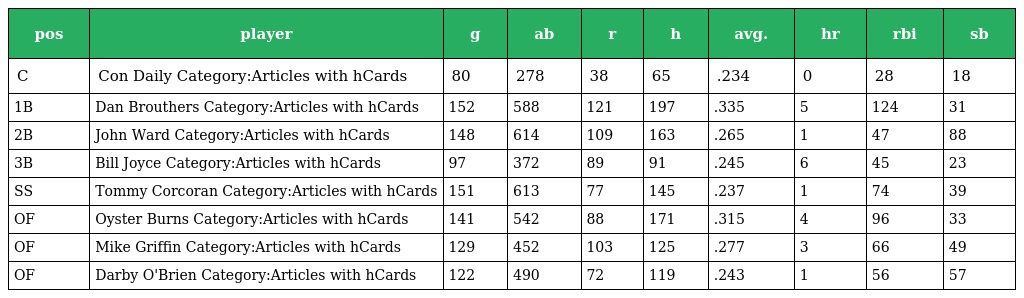
| pos | player | g | ab | r | h | avg. | hr | rbi | sb |
 | --- | --- | --- | --- | --- | --- | --- | --- | --- | --- |
 | C | Con Daily Category:Articles with hCards | 80 | 278 | 38 | 65 | .234 | 0 | 28 | 18 |
 | 1B | Dan Brouthers Category:Articles with hCards | 152 | 588 | 121 | 197 | .335 | 5 | 124 | 31 |
 | 2B | John Ward Category:Articles with hCards | 148 | 614 | 109 | 163 | .265 | 1 | 47 | 88 |
 | 3B | Bill Joyce Category:Articles with hCards | 97 | 372 | 89 | 91 | .245 | 6 | 45 | 23 |
 | SS | Tommy Corcoran Category:Articles with hCards | 151 | 613 | 77 | 145 | .237 | 1 | 74 | 39 |
 | OF | Oyster Burns Category:Articles with hCards | 141 | 542 | 88 | 171 | .315 | 4 | 96 | 33 |
 | OF | Mike Griffin Category:Articles with hCards | 129 | 452 | 103 | 125 | .277 | 3 | 66 | 49 |
 | OF | Darby O'Brien Category:Articles with hCards | 122 | 490 | 72 | 119 | .243 | 1 | 56 | 57 |